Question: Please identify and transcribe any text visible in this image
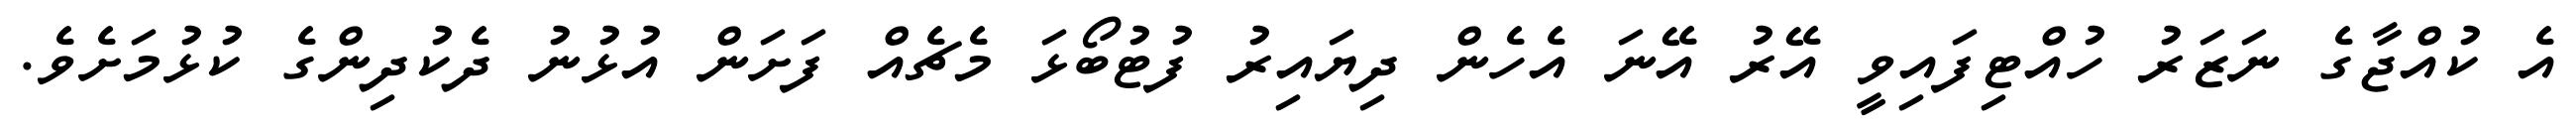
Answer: އެ ކުއްޖާގެ ނަޒަރު ހުއްޓިފައިވީ އޭރު އޭނަ އެހެން ދިޔައިރު ފުޓުބޯޅަ މެޗެއް ފަށަން އުޅުނު ދެކުދިންގެ ކުޅުމަށެވެ.